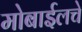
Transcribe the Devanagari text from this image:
मोबाईलचे